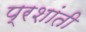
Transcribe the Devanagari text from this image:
प्रशांती